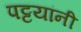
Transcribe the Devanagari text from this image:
पट्टयांनी